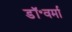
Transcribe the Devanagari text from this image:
डॉ॰वर्मा